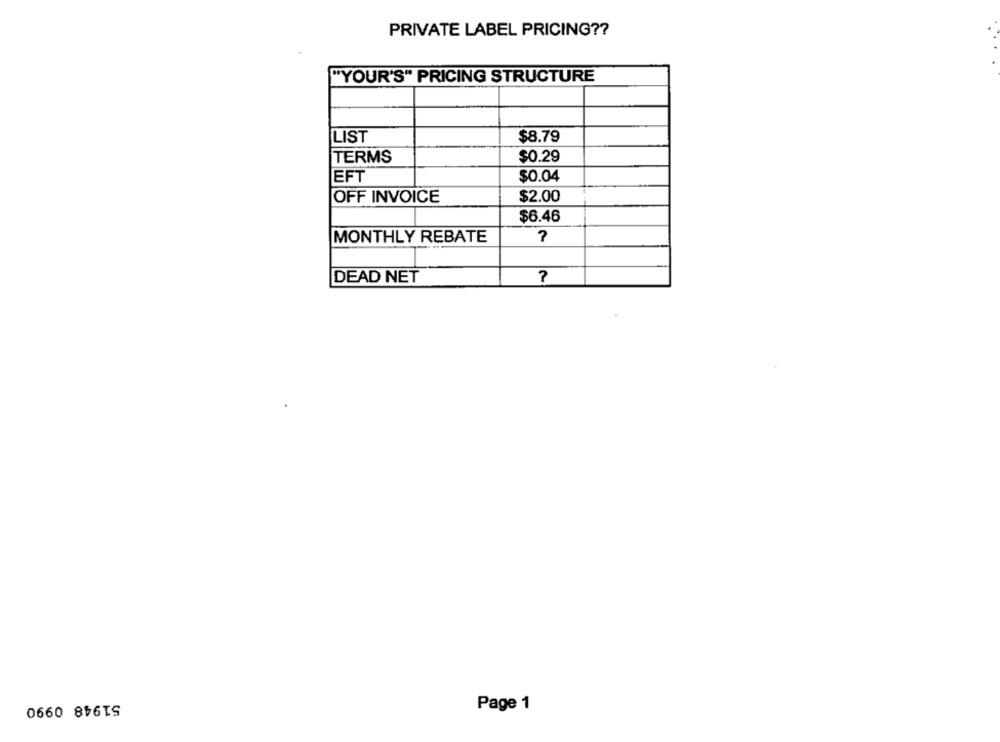
PRIVATE LABEL PRICING ??
"YOUR'S" PRICING STRUCTURE
LIST
$8.79
TERMS
$0.29
EFT
$0.04
OFF INVOICE
$2.00
$6.46
MONTHLY REBATE
?
DEAD NET
?
51948 0990
Page 1